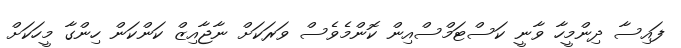
ފައިސާ ދިންމީހާ ވާނީ ކަސްޓަމްސްއިން ކޮންމެވެސް ވަރަކަށް ނާޖާއިޒް ކަންކަން ހިންގާ މީހަކަށް